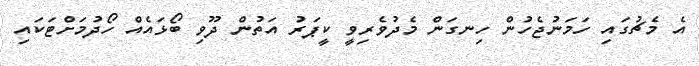
އެ މެޗުގައި ހަމަނުޖެހުން ހިނގަން މެދުވެރިވީ ކީޕަރު އަތުން ދޫވި ބޯޅައެއް ހޯދުމަށްޓަކައި